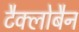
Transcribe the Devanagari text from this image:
टैक्लोबैन